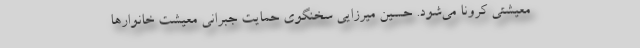
معیشتی کرونا می‌شود. حسین میرزایی سخنگوی حمایت جبرانی معیشت خانوار‌ها